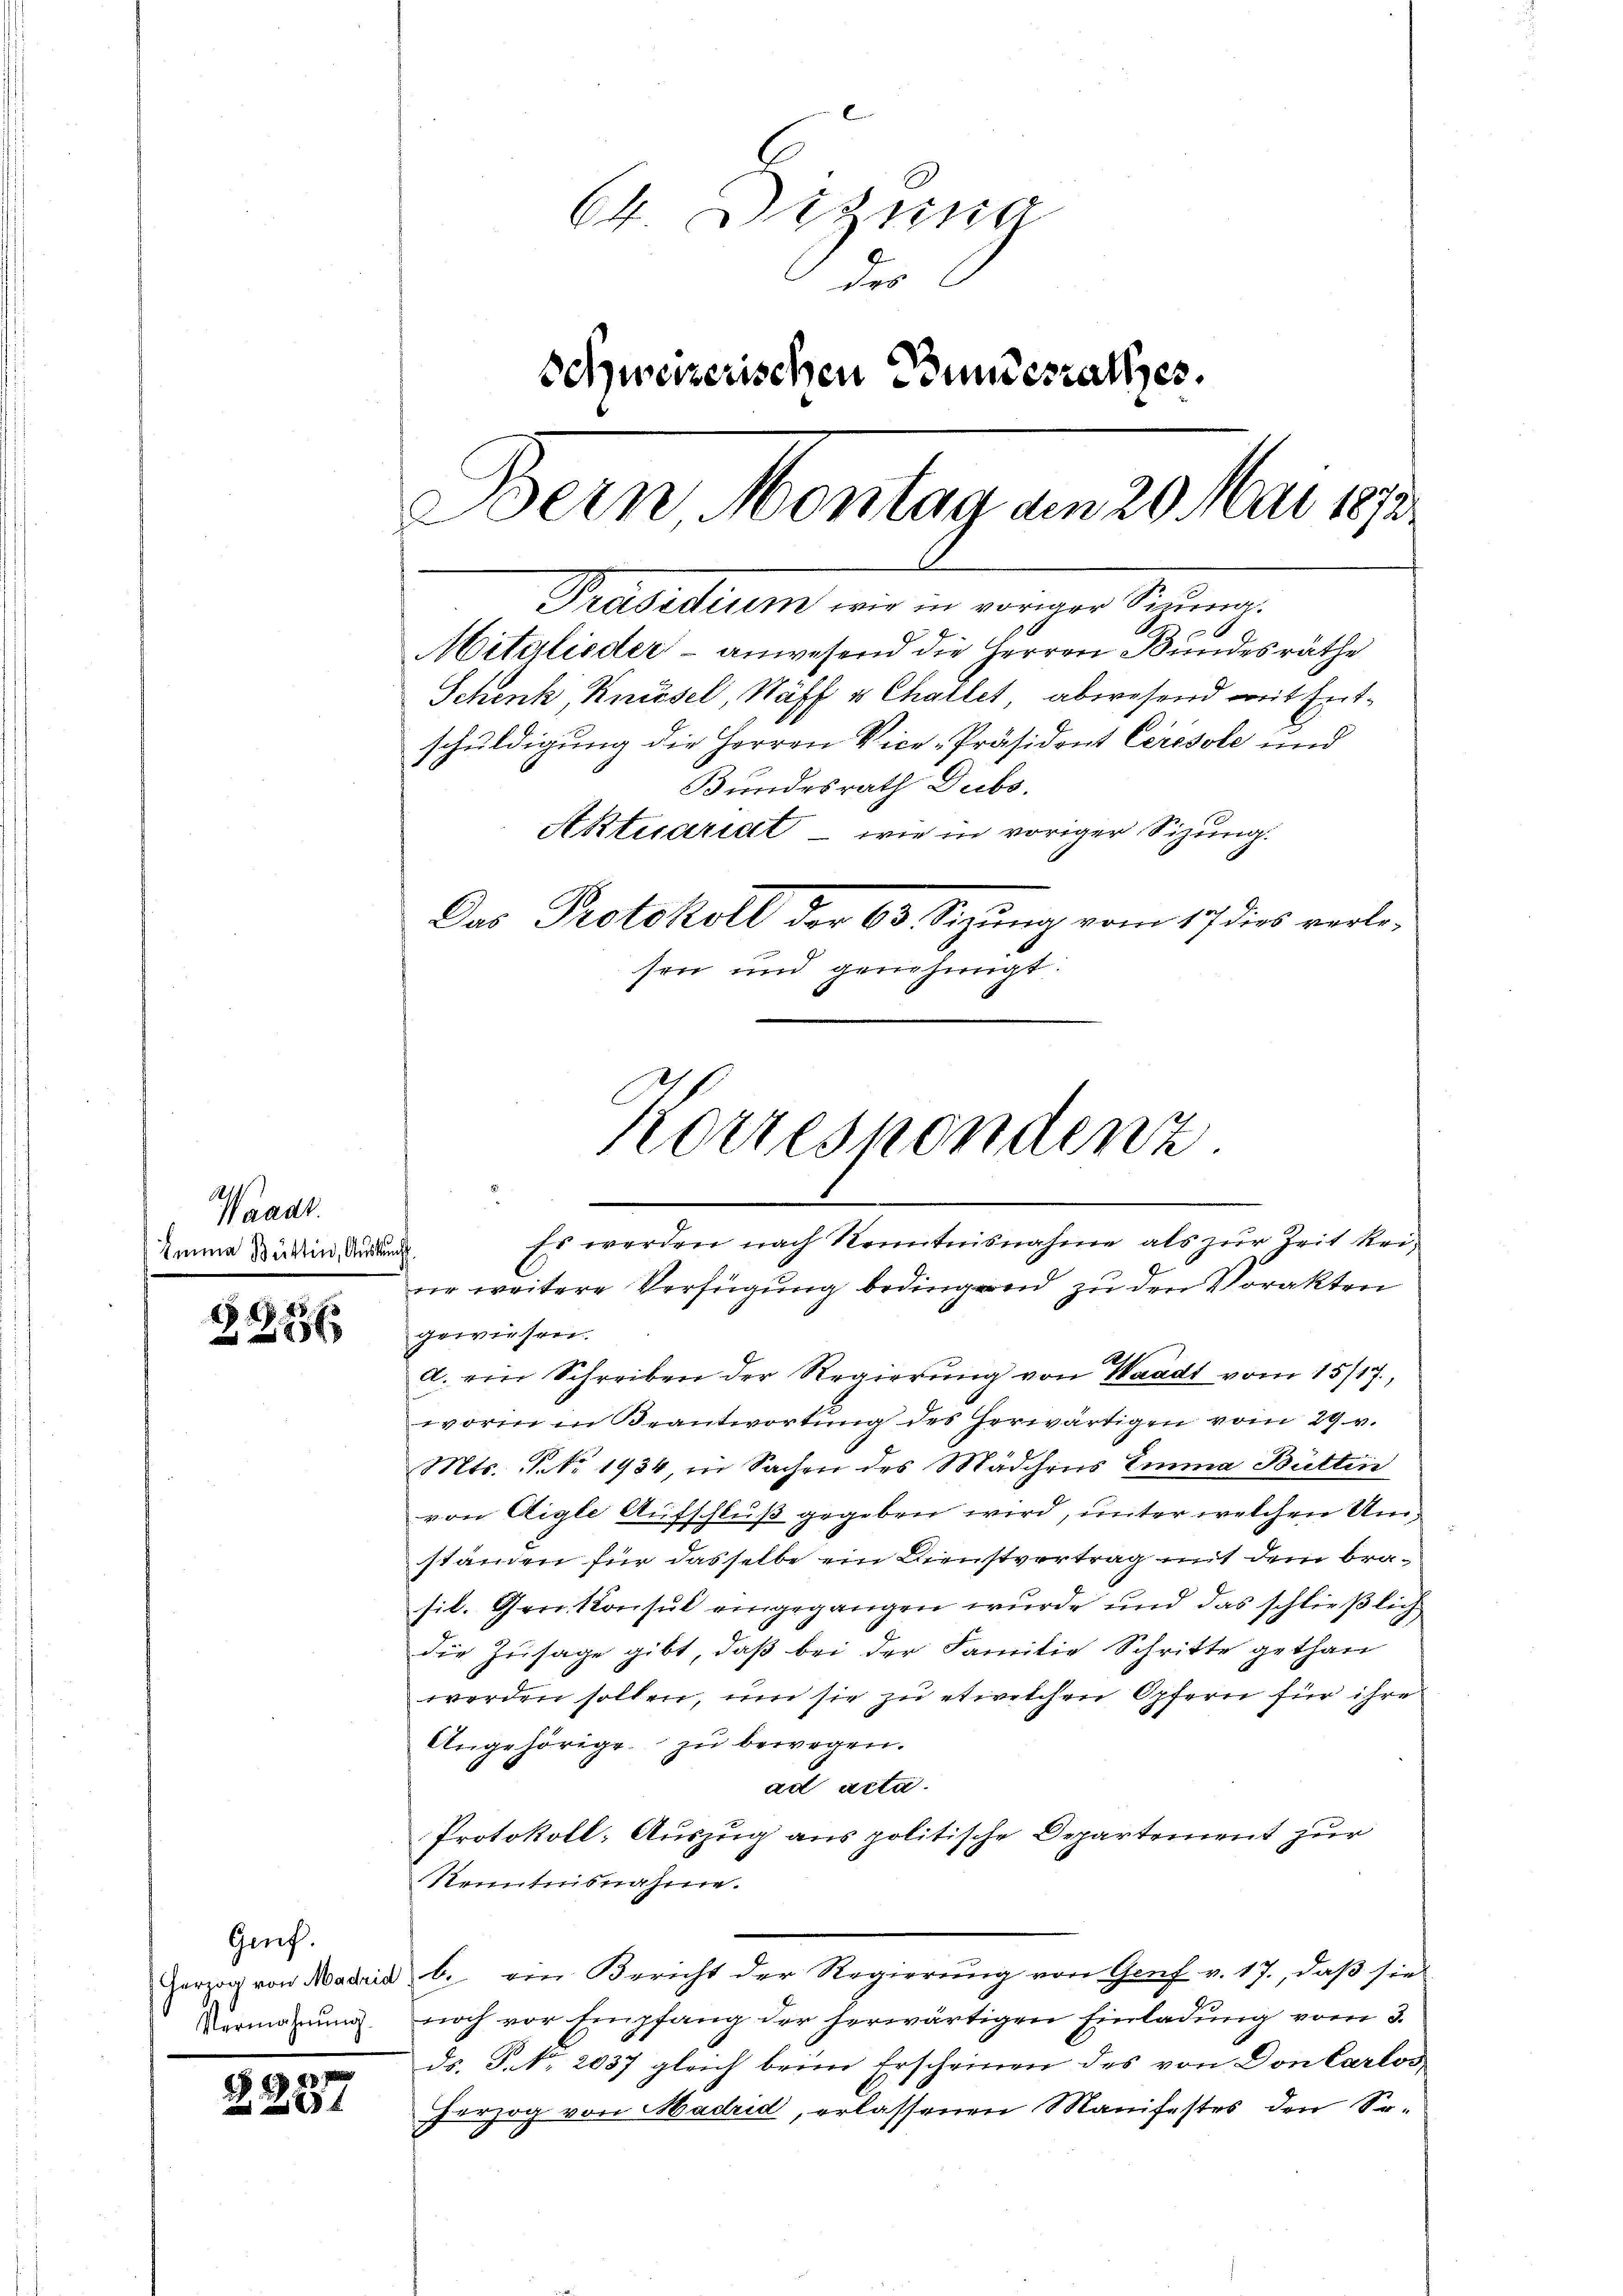
Waadt.
Emma Büttin, Auskunft

114

15
28 x

Genf.
Vermahnung.

28
x

64. Dizung
des
Schweizerischen Bundesrathes.
Bern Montag am 20. Mai 1878.
Präsidium wir in voriger Sitzung.
Mitglieder - anwesend die Herren Bundesräthe
Schenk, Knüsel, Näff u Challet abwesend mit Entschuldigung die Herren Vice-Präsident Ceresole und
Bundesrath Dubs.
Aktuariat - wie in voriger Sizung.
Das Protokoll der 63 Sezung vom 17. dies verlesen und genehmigt.

Korrespondenz.
Es werden nach Kenntnisnahme als zur Zeit keiur weitere Verfügung bedingend zu den Vorakten

gewiesen.
a. ein Schreiben der Regierŭng von Waadt vom 15/17.,
worin in Beantwortung des herwärtigen vom 29. v.
Mts. N. No. 1934, in Sachen des Mädchens Emma Büttin
von Aigle Aufschluß gegeben wird, unter welchen Umständen für dasselbe ein Dienstvertrag mit dem brasil. Gen. Konsul eingegangen wurde und das schließlich
die Zusage gibt, daß bei der Familie Schritte gethan
werden sollen, um sie zu etwelchen Opfern für ihre
Angehörige zu bewegen.
ad acta.
Protokoll-Auszug aus politische Departement zur
Kenntnisnahme.
Herzog von Madrid b. ein Bericht der Regierŭng von Genf v. 17., daβ sie
noch vor Empfang der herwärtigen Einladung vom 3.
ds. S. Nr. 2037 gleich beim Erscheinen des von Don Carlos,
herzog von Madrid, erlassenen Manifestes den So¬